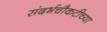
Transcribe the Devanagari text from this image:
संदर्भचौकटीच्या